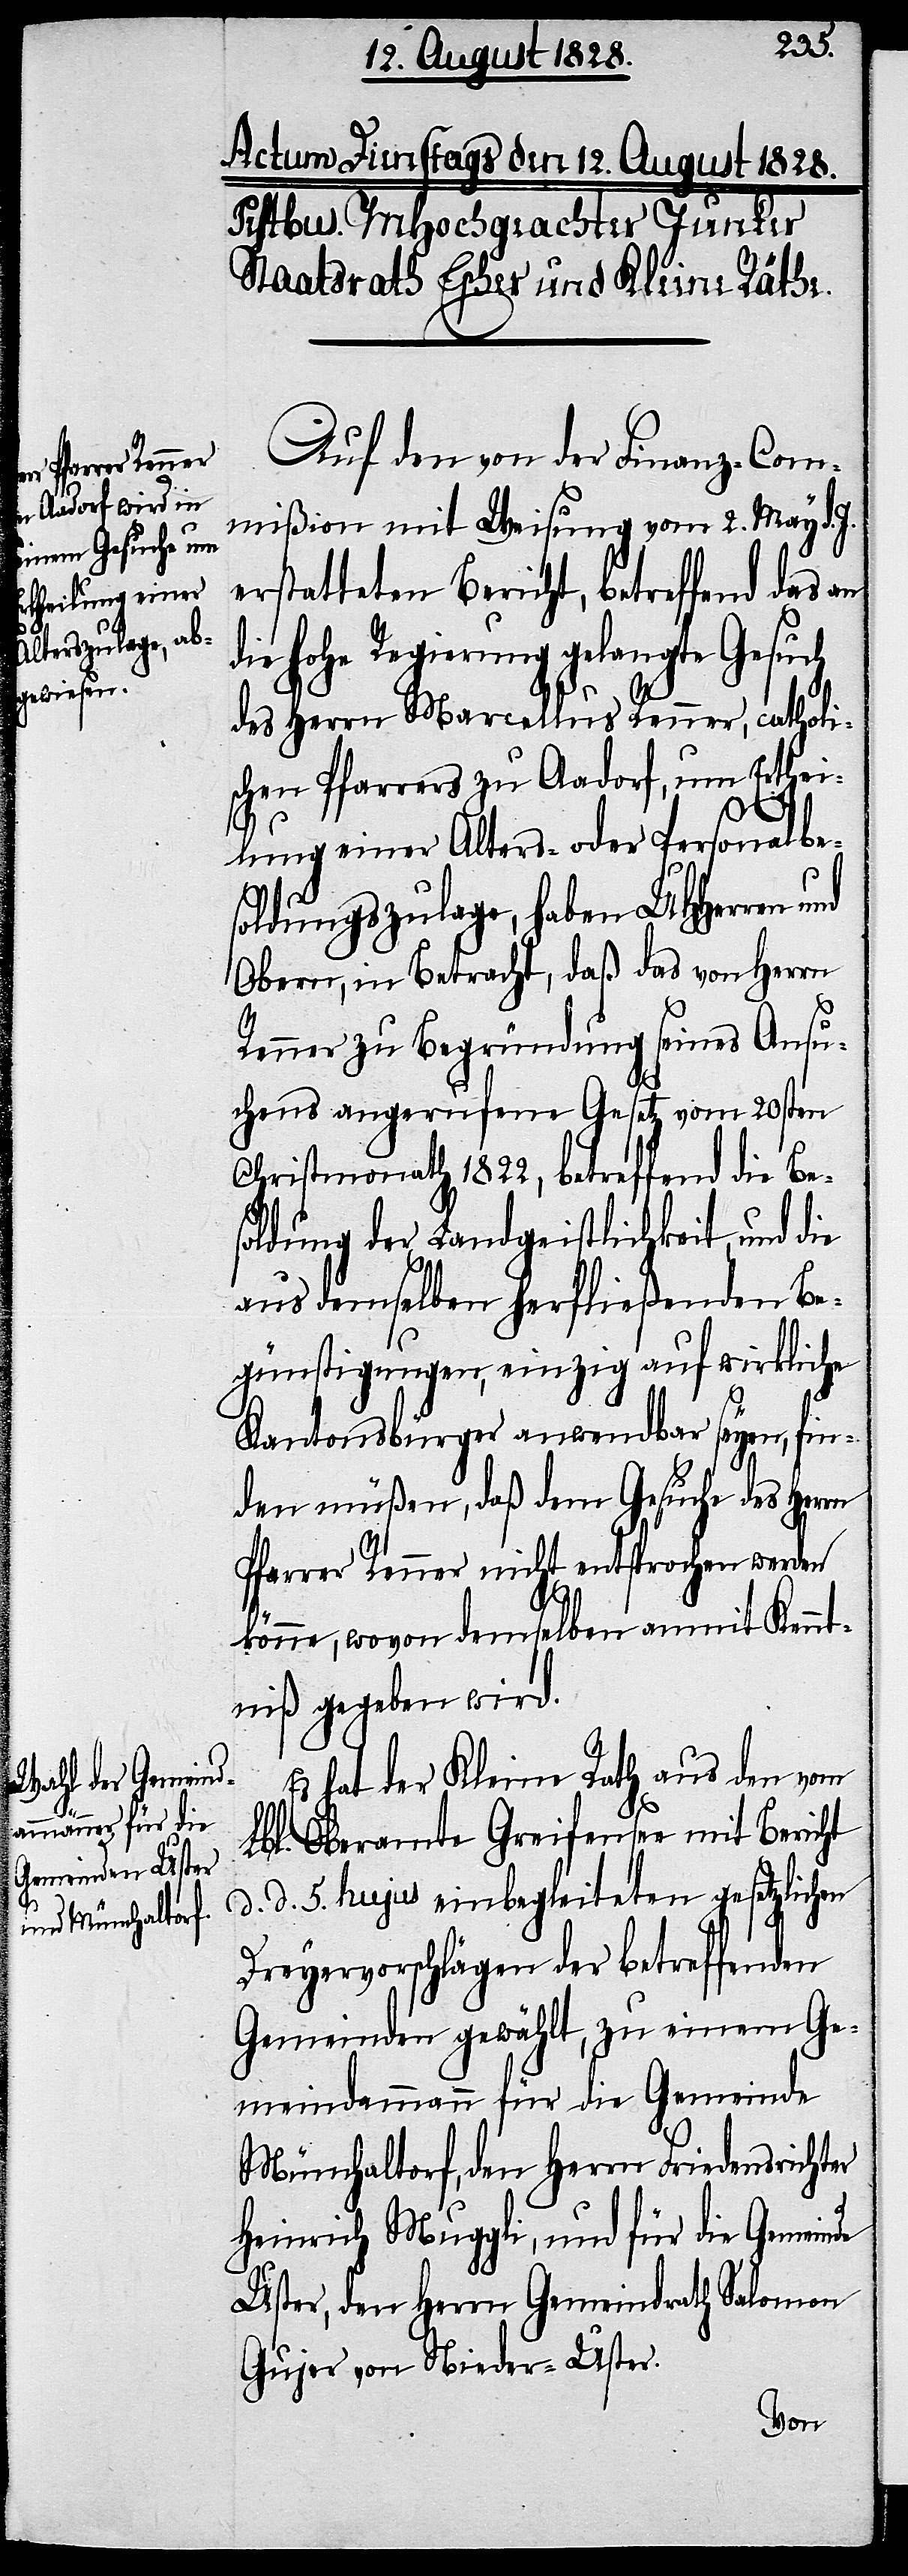
Auf den von der Finanz-Com¬
mißion mit Weisung vom 2. May d. J.
erstatteten Bericht, betreffend das an
ie hohe Regierung gelangte Gesuch
des Herrn Marcellus Renner, catholi¬
schen Pfarrers zu Aadorf, um Erthei¬
lung einer Alters- und Personalbe¬
soldungszulage, haben UHHerren
Obern, in Betracht, daß das von Herrn
Renner zu Begründung seines Ansu¬
chens angerufene Gesetz vom 20sten
Christmonath 1822, betreffend die Be¬
soldung der Landgeistlichkeit, und die
aus demselben herfließenden Be¬
günstigungen, einzig auf wirkliche
Kantonsbürger anwendbar seyen, fin¬
den müßen, daß dem Gesuche des Herrn
Pfarrer Renner nicht entsprochen werden
d¬
könne, wovon demselben anmit Kennt¬
niß gegeben wird.
Es hat der Kleine Rath aus den vom
Lbl. Oberamte Greifensee mit Bericht
d. d. 5. hujus einbegleiteten gesetzlichen
Dreyervorschlägen der betreffenden
Gemeinden gewählt, zu einem Ge¬
meindammann für die Gemeinde
Münchaltorf, den Herrn Friedensrichter
Heinrich Muggli, und für die Gemeinde
Uster, den Herrn Gemeindrath Salomon
Gujer von Nieder-Uster.